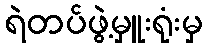
ရဲတပ်ဖွဲ့မှူးရုံးမှ